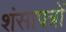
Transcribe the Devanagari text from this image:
शंसापत्रों